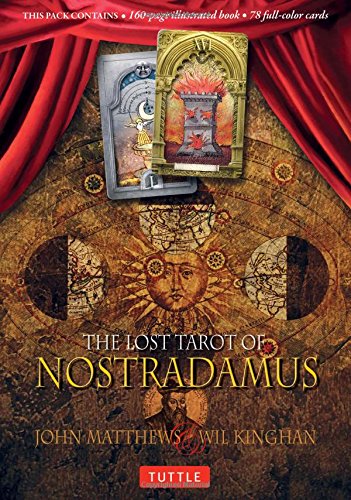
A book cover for The Lost Tarot of Nostradamus; John Matthews; Humor & Entertainment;